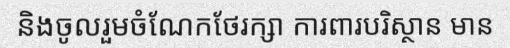
និងចូលរួមចំណែកថែរក្សា ការពារបរិស្ថាន មាន